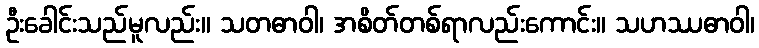
ဦးခေါင်းသည်မူလည်း။ သတဓာဝါ၊ အစိတ်တစ်ရာလည်းကောင်း။ သဟဿဓာဝါ၊